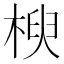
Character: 楰